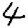
Digit: 4